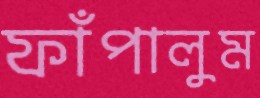
ফাঁপালুম